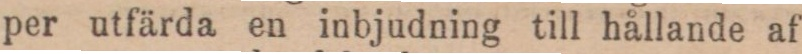
per utfärda en inbjudning till hållande af